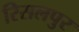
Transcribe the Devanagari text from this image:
रिसलपुर